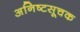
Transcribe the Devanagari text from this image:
अनिष्टसूचक